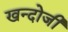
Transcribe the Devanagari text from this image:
खन्दोजी